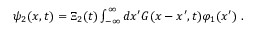
\begin{array} { r } { \psi _ { 2 } ( x , t ) = \Xi _ { 2 } ( t ) \int _ { - \infty } ^ { \infty } d x ^ { \prime } { \cal { G } } ( x - x ^ { \prime } , t ) \varphi _ { 1 } ( x ^ { \prime } ) \; . } \end{array}